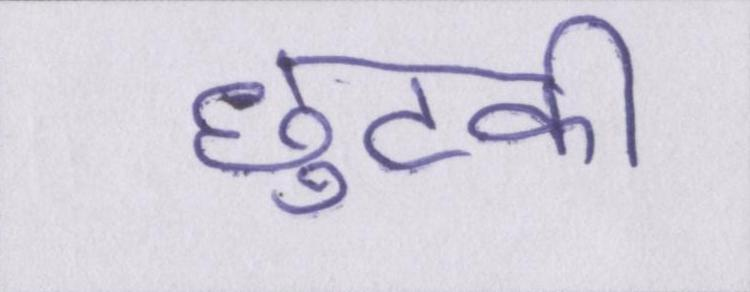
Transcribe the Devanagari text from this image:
छुटकी